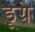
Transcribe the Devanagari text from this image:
डूग्रे